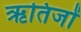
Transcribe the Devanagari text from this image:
ऋतिजों